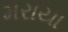
મરાયા